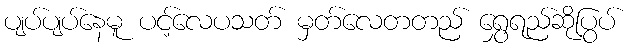
ပျပ်ပျပ်နေမူ ပင့်လေပသတ် မှတ်လေတတည် ရွှေရည်ဆိုပြွပ်